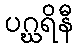
ပဂ္ဃရိနီ